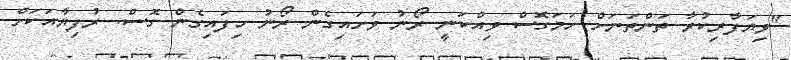
"ވިޔަފާރިކުރާ ތަންތަނަށް ހަމަގޮސް ވިއްކަނީ ރޯނު ވަށައިގެން ރޯނު ހިފައިގެން ގޮސް. ރުފިޔާއަކަށް